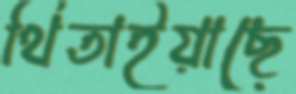
থিতাইয়াছে